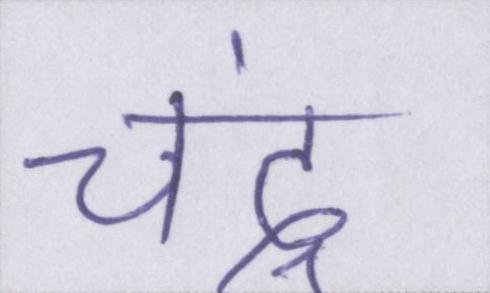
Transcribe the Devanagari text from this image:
चंद्र